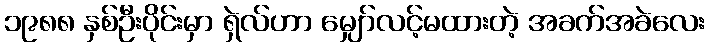
၁၉၈၈ နှစ်ဦးပိုင်းမှာ ရှဲလ်ဟာ မျှော်လင့်မထားတဲ့ အခက်အခဲလေး